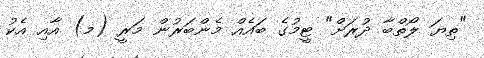
"ތިޔަ ލޯތްބާ ދުރަށް" ޓީމުގެ ބައެއް މެންބަރުން މަރީ (މ) އާއި އެކު